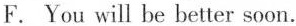
F. You will be better soon.